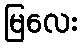
မြလေး